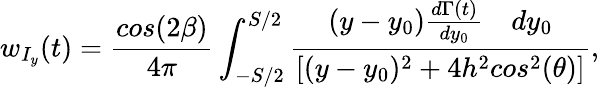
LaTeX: w_{I_{y}}(t)=\frac{cos(2\beta)}{4\pi}\int_{-S/2}^{S/2}\frac{(y-y_{0})\frac{d\Gamma(t)}{dy_{0}}\quad{dy_{0}}}{[(y-y_{0})^{2}+4h^{2}cos^{2}(\theta)]},